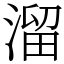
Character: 溜